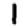
Digit: 1